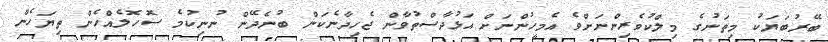
ބޭރުބަޔަކު މިތަނުގެ މިލްކުވެރިންނަށްވެ އެމީހުންނަށް އަޅުދާސްތުވާން ޖެހިދާނެކަން ބުނެދޭން ނުނިކުމެ ސޮހޮލެއްހެން ތިޔަހެން